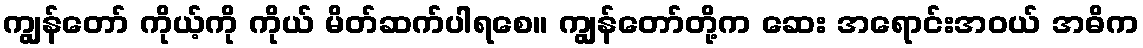
ကျွန်တော် ကိုယ့်ကို ကိုယ် မိတ်ဆက်ပါရစေ။ ကျွန်တော်တို့က ဆေး အရောင်းအဝယ် အဓိက